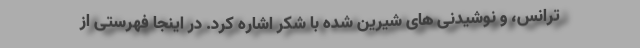
ترانس، و نوشیدنی های شیرین شده با شکر اشاره کرد. در اینجا فهرستی از